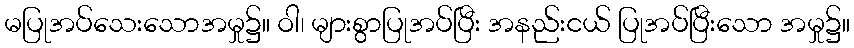
မပြုအပ်သေးသောအမှု၌။ ဝါ၊ များစွာပြုအပ်ပြီး အနည်းငယ် ပြုအပ်ပြီးသော အမှု၌။